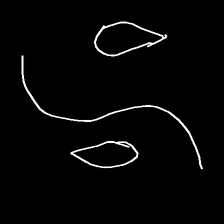
Glyph: water